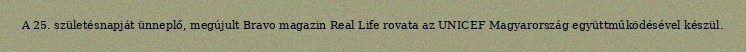
A 25. születésnapját ünneplő, megújult Bravo magazin Real Life rovata az UNICEF Magyarország együttműködésével készül.